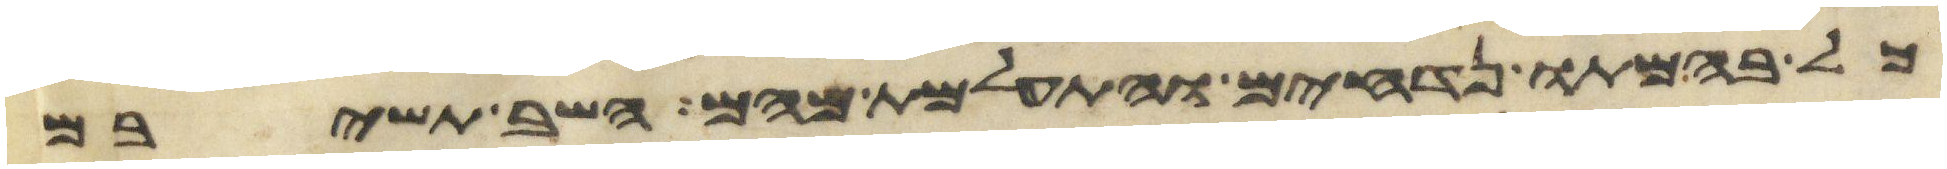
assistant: כל בהמתו נדחים והתעלמת מהם השב תשיבם